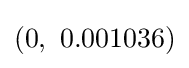
(0,\ 0.001036)